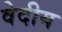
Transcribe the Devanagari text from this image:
वेदीय